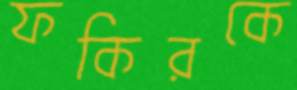
ফকিরকে